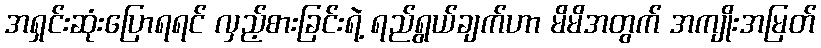
အရှင်းဆုံးပြောရရင် လှည့်စားခြင်းရဲ့ ရည်ရွယ်ချက်ဟာ မိမိအတွက် အကျိုးအမြတ်